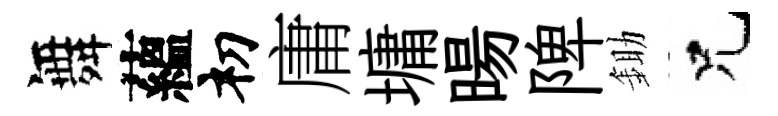
舞蘊𥘉庸墉暘陴鋤兄